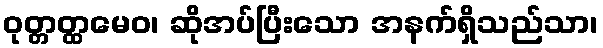
ဝုတ္တတ္ထမေဝ၊ ဆိုအပ်ပြီးသော အနက်ရှိသည်သာ၊